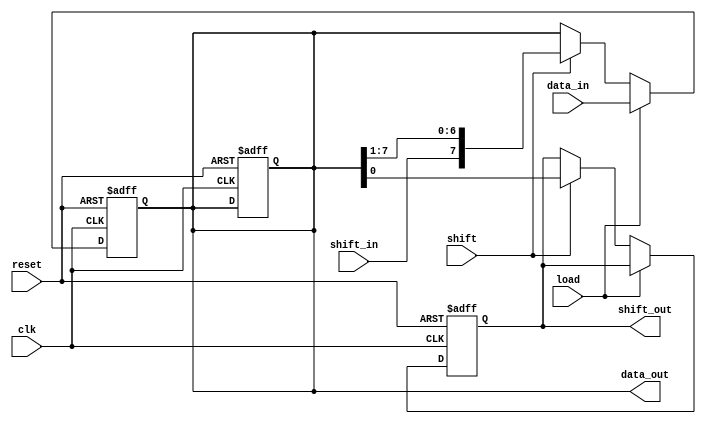
module parameterized_shift_register #(
    parameter WIDTH = 8,           // Width of the shift register
    parameter MODE = 0             // 0: SIPO, 1: PISO, 2: Simple Shift
)(
    input wire clk,                // Clock signal
    input wire reset,              // Asynchronous reset
    input wire [WIDTH-1:0] data_in,// Parallel input data (for PISO mode)
    input wire shift_in,           // Serial input data (for SIPO mode)
    input wire load,               // Load control signal
    input wire shift,              // Shift control signal
    output reg [WIDTH-1:0] data_out, // Parallel output data (for SIPO mode)
    output reg shift_out           // Serial output data (for SIPO mode)
);

    // Internal register to hold the shift register data
    reg [WIDTH-1:0] shift_reg;

    // Always block for synchronous operations
    always @(posedge clk or posedge reset) begin
        if (reset) begin
            // Reset the shift register to zero
            shift_reg <= {WIDTH{1'b0}};
            data_out <= {WIDTH{1'b0}};
            shift_out <= 1'b0;
        end else begin
            if (load) begin
                // Load data into the shift register (PISO mode)
                shift_reg <= data_in;
            end else if (shift) begin
                // Shift operation
                if (MODE == 0) begin
                    // SIPO mode: Shift right and load new data from shift_in
                    shift_out <= shift_reg[0]; // Output the LSB
                    shift_reg <= {shift_in, shift_reg[WIDTH-1:1]};
                    data_out <= shift_reg; // Update parallel output
                end else if (MODE == 1) begin
                    // PISO mode: Shift left
                    shift_out <= shift_reg[WIDTH-1]; // Output the MSB
                    shift_reg <= {shift_reg[WIDTH-2:0], 1'b0}; // Shift left
                end else if (MODE == 2) begin
                    // Simple shift mode: Shift right
                    shift_out <= shift_reg[0]; // Output the LSB
                    shift_reg <= {1'b0, shift_reg[WIDTH-1:1]}; // Shift right
                end
            end
        end
    end

    // Assign data_out for SIPO mode
    always @(*) begin
        if (MODE == 0) begin
            data_out = shift_reg; // For SIPO mode, output the current state
        end else begin
            data_out = {WIDTH{1'b0}}; // For PISO mode, data_out is not used
        end
    end

endmodule